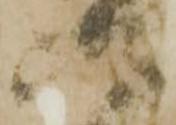
嶋